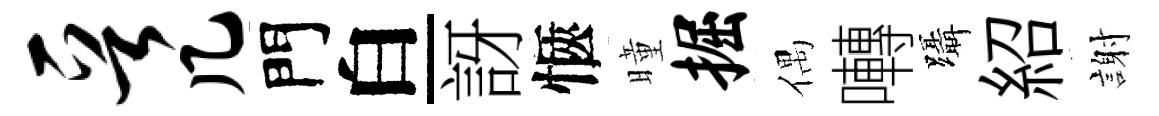
晋几門白訝愜曈掘偶囀躡紹謝